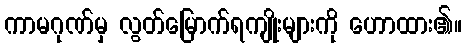
ကာမဂုဏ်မှ လွတ်မြောက်ရကျိုးများကို ဟောထား၏။